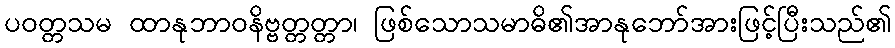
ပဝတ္တသမ ထာနုဘာဝနိဗ္ဗတ္တတ္တာ၊ ဖြစ်သောသမာဓိ၏အာနုဘော်အားဖြင့်ပြီးသည်၏